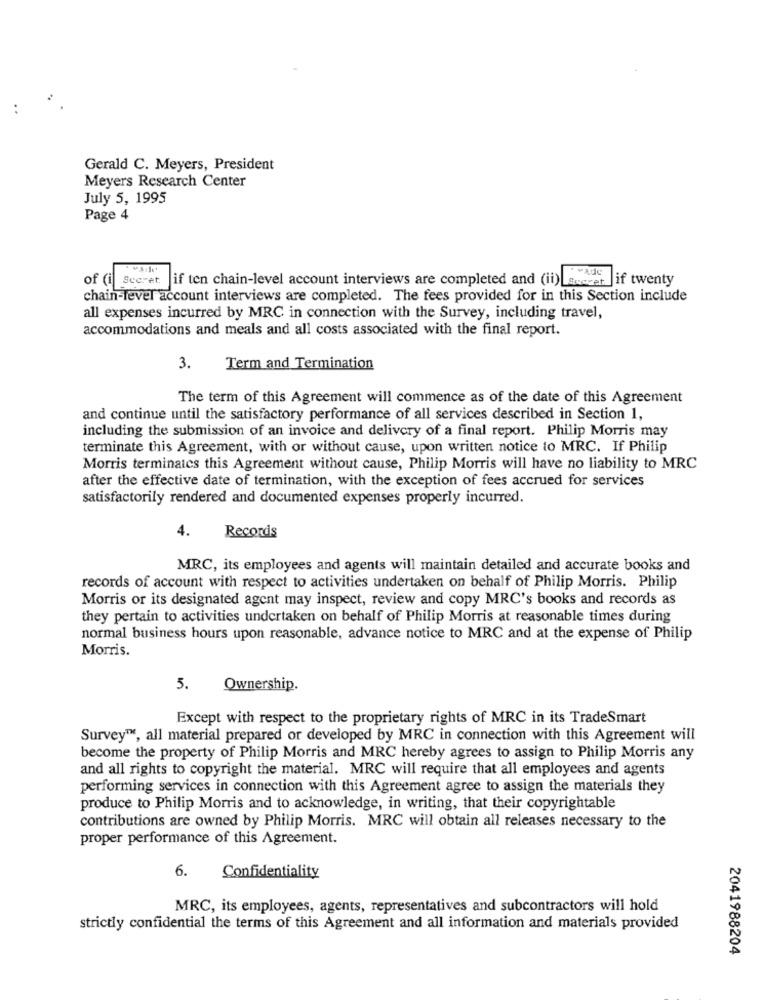
Gerald C. Meyers, President
Meyers Research Center
July 5, 1995
Page 4
of (i) Secret. if ten chain-level account interviews are completed and (ii) secret. if twenty
chain-level account interviews are completed. The fees provided for in this Section include
all expenses incurred by MRC in connection with the Survey, including travel,
accommodations and meals and all costs associated with the final report.
3.
Term and Termination
The term of this Agreement will commence as of the date of this Agreement
and continue until the satisfactory performance of all services described in Section 1,
including the submission of an invoice and delivery of a final report. Philip Morris may
terminate this Agreement, with or without cause, upon written notice to MRC. If Philip
Morris terminaics this Agreement without cause, Philip Morris will have no liability to MRC
after the effective date of termination, with the exception of fees accrued for services
satisfactorily rendered and documented expenses properly incurred.
4.
Records
MRC, its employees and agents will maintain detailed and accurate books and
records of account with respect to activities undertaken on behalf of Philip Morris. Philip
Morris or its designated agent may inspect, review and copy MRC's books and records as
they pertain to activities undertaken on behalf of Philip Morris at reasonable times during
normal business hours upon reasonable, advance notice to MRC and at the expense of Philip
Morris.
5.
Ownership.
Except with respect to the proprietary rights of MRC in its TradeSmart
Survey™, all material prepared or developed by MRC in connection with this Agreement will
become the property of Philip Morris and MRC hereby agrees to assign to Philip Morris any
and all rights to copyright the material. MRC will require that all employees and agents
performing services in connection with this Agreement agree to assign the materials they
produce to Philip Morris and to acknowledge, in writing, that their copyrightable
contributions are owned by Philip Morris. MRC will obtain all releases necessary to the
proper performance of this Agreement.
6.
Confidentiality
MRC, its employees, agents, representatives and subcontractors will hold
strictly confidential the terms of this Agreement and all information and materials provided
2041988204